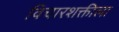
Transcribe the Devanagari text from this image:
विचारशक्तीला